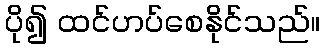
ပို၍ ထင်ဟပ်စေနိုင်သည်။